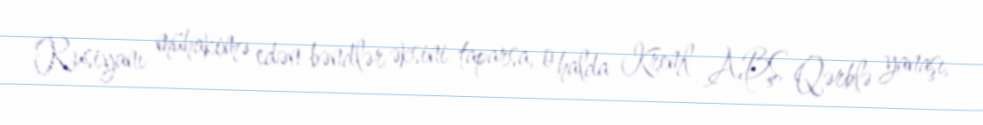
Rusiyanı mühakimə edən bəndlər əksini taparsa, o halda Kreml ABŞ, Qərblə yanaşı,